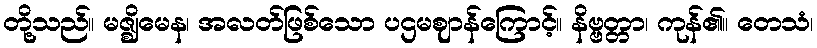
တို့သည်။ မဇ္ဈိမေန၊ အလတ်ဖြစ်သော ပဌမဈာန်ကြောင့်။ နိဗ္ဗတ္တာ၊ ကုန်၏။ တေသံ၊